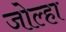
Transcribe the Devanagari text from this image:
जोल्हा